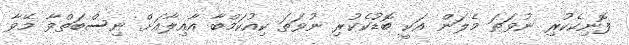
ފޮނިކެކުރި ނުވަތަ މެލަން އަކީ ބޮޑުކެކުރި ނުވަތަ ކިއުކަމްބާ އާއިލާއަށް ނިސްބަތްވާ މޭވާ